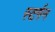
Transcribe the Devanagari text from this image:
स्टर्गन